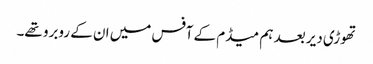
تھوڑی دیر بعد ہم میڈم کے آفس میں ان کے روبرو تھے۔